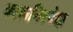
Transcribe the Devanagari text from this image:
कालनिरपेक्ष